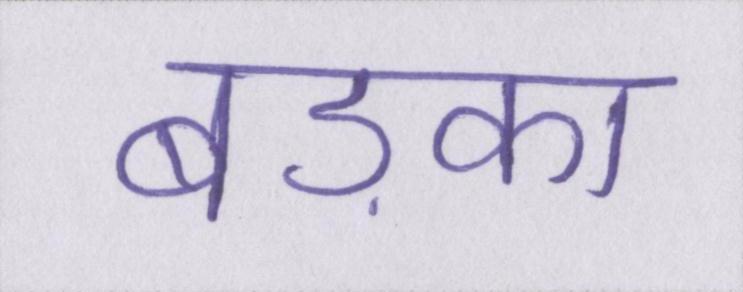
बड़का